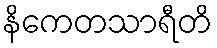
နိကေတသာရီတိ